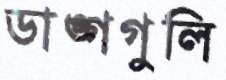
ডাঙ্গগুলি